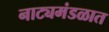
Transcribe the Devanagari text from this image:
नाट्यमंडळात